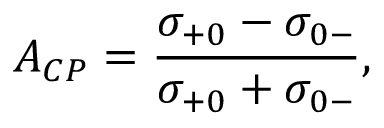
A _ { C P } = \frac { \sigma _ { + 0 } - \sigma _ { 0 - } } { \sigma _ { + 0 } + \sigma _ { 0 - } } ,